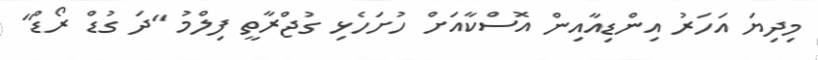
މިދިޔަ އަހަރު އިންޑިއާއިން އޮސްކާއަށް ހުށަހެޅި ގުޖްރާތީ ފިލްމު "ދަ ގުޑް ރޯޑް"